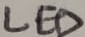
Text: LED